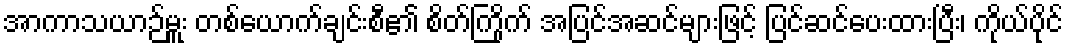
အာကာသယာဉ်မှူး တစ်ယောက်ချင်းစီ၏ စိတ်ကြိုက် အပြင်အဆင်များဖြင့် ပြင်ဆင်ပေးထားပြီး၊ ကိုယ်ပိုင်